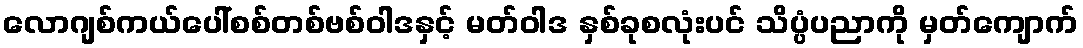
လောဂျစ်ကယ်ပေါ်စစ်တစ်ဗစ်ဝါဒနှင့် မတ်ဝါဒ နှစ်ခုစလုံးပင် သိပ္ပံပညာကို မှတ်ကျောက်